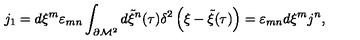
j _ { 1 } = d \xi ^ { m } \varepsilon _ { m n } \int _ { \partial { \cal M } ^ { 2 } } d { \tilde { \xi } } ^ { n } ( \tau ) \delta ^ { 2 } \left( \xi - { \tilde { \xi } } ( \tau ) \right) = \varepsilon _ { m n } d \xi ^ { m } j ^ { n } , \qquad